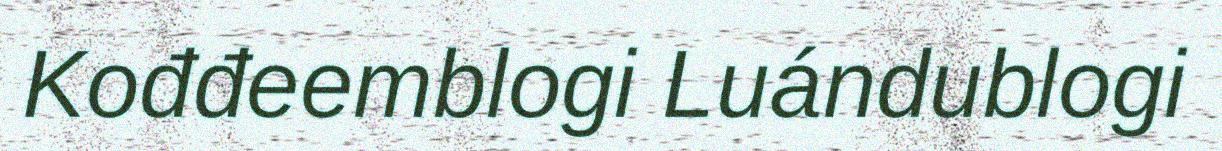
Kođđeemblogi Luándublogi